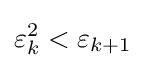
\varepsilon _{k}^{2}<\varepsilon _{k+1}